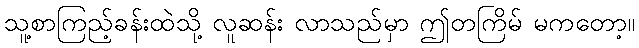
သူ့စာကြည့်ခန်းထဲသို့ လူဆန်း လာသည်မှာ ဤတကြိမ် မကတော့။